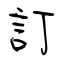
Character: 訂